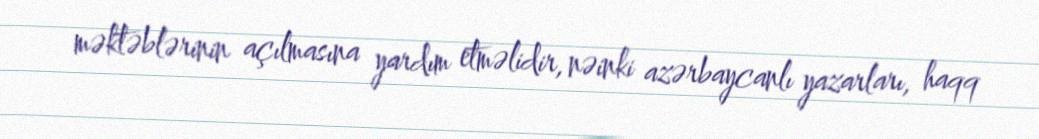
məktəblərinin açılmasına yardım etməlidir, nəinki azərbaycanlı yazarları, haqq